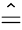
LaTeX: \hat{=}